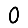
Digit: 0